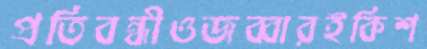
প্রতিবন্ধীওজব্বারইকিশ